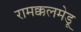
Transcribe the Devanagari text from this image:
रामक्कलमेडू